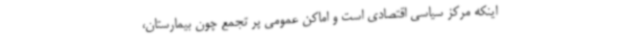
اینکه مرکز سیاسی اقتصادی است و اماکن عمومی پر تجمع چون بیمارستان،